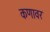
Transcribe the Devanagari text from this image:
कणावर